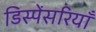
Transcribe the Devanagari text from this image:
डिस्पेंसरियाँ